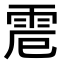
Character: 𩂒